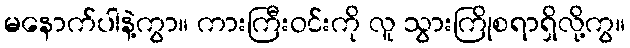
မနောက်ပါနဲ့ကွာ။ ကားကြီးဝင်းကို လူ သွားကြိုစရာရှိလို့ကွ။